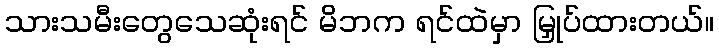
သားသမီးတွေသေဆုံးရင် မိဘက ရင်ထဲမှာ မြှုပ်ထားတယ်။